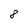
Character: 8